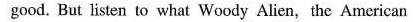
good. But listen to what Woody Alien, the American